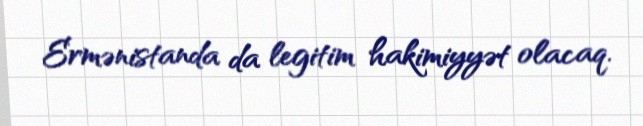
Ermənistanda da legitim hakimiyyət olacaq.